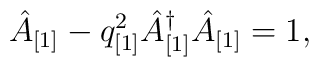
\hat{A}_{[1]} - q^2_{[1]} \hat{A}^{\dagger}_{[1]} \hat{A}_{[1]} = 1,